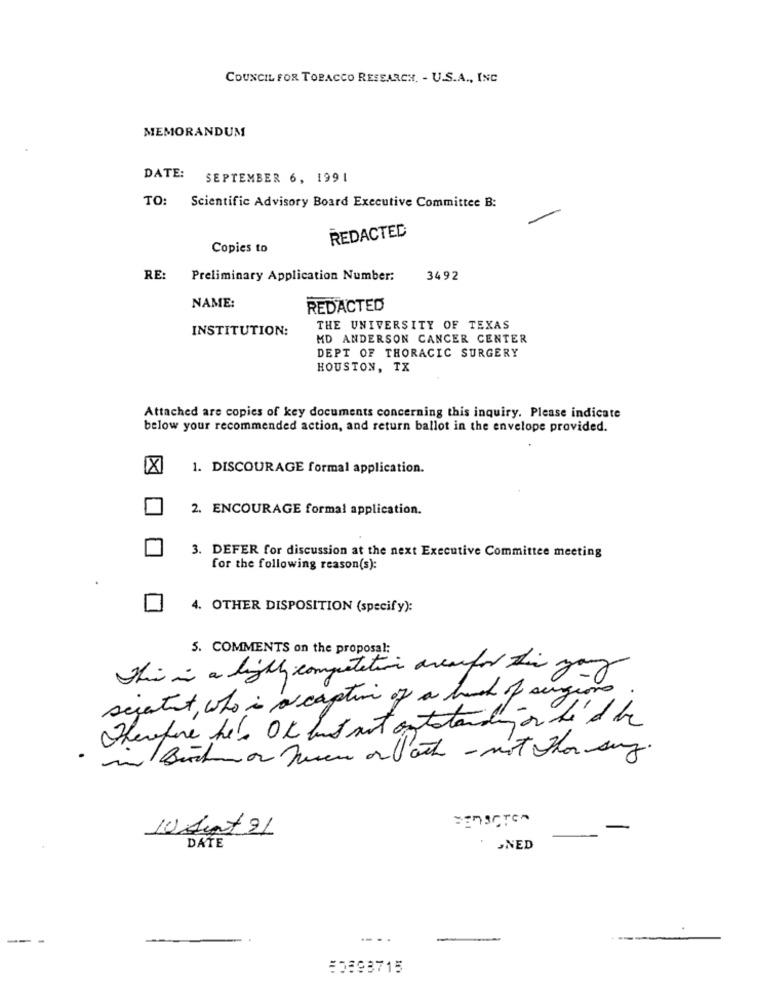
COUNCIL FOR TOBACCO RESEARCH. - U.S.A ., INC
MEMORANDUM
DATE: SEPTEMBER 6, 1991
TO: Scientific Advisory Board Executive Committee B:
REDACTED
Copies to
RE: Preliminary Application Number:
3492
NAME:
REDACTED
INSTITUTION:
THE UNIVERSITY OF TEXAS
MD ANDERSON CANCER CENTER
DEPT OF THORACIC SURGERY
HOUSTON, TX
Attached are copies of key documents concerning this inquiry. Please indicate
below your recommended action, and return ballot in the envelope provided.
1. DISCOURAGE formal application.
2. ENCOURAGE formal application.
3. DEFER for discussion at the next Executive Committee meeting
for the following reason(s):
4. OTHER DISPOSITION (specify):
5. COMMENTS on the proposal:
This is a highly computation areasfor this young
seretet, who is a caption of a bunch of surgeon
Therefore hele OK but not outstanding or he'd be
in Buchnon nene or lach - not thon say.
10 Aint 21
DATE
JNED
--
---
50893715